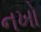
નખો